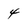
Character: 4